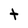
Character: t